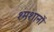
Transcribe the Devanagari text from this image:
श्मशानों